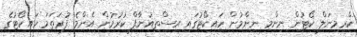
ކްރިމިނަލް ކޯޓުން ނިންމި ނިންމުން ހައިކޯޓުގައި އިސްތިއުނާފް ކުރުމުން އެންމެ ފުރަތަމަ ހައިކޯޓުގެ